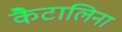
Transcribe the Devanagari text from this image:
कैटालिना